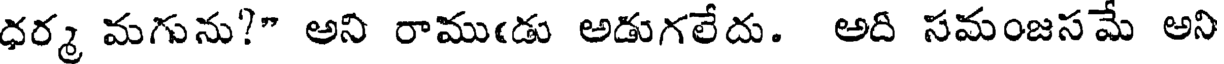
ధర్మ మగును?" అని రాముఁడు అడుగలేదు. అది సమంజసమే అని